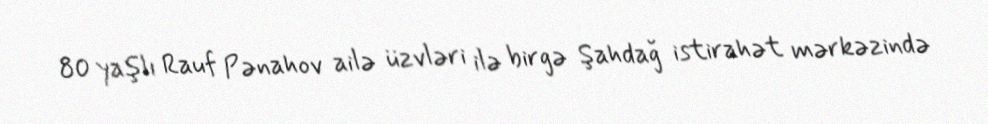
80 yaşlı Rauf Pənahov ailə üzvləri ilə birgə Şahdağ istirahət mərkəzində